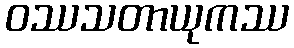
ဝဿသတာယုကဿ